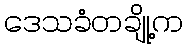
ဒေသခံတချို့က